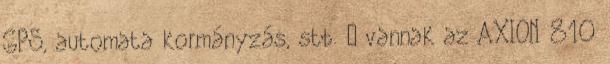
GPS, automata kormányzás, stb. – vannak az AXION 810